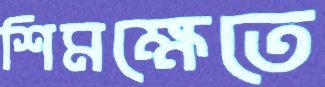
শিমক্ষেতে